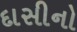
દાસીનો